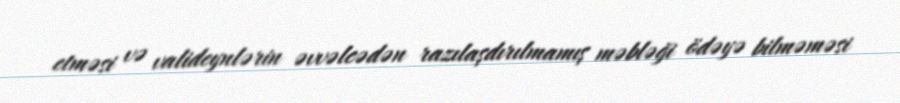
etməsi və valideynlərin əvvəlcədən razılaşdırılmamış məbləği ödəyə bilməməsi